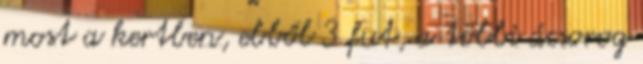
most a kertben, ebből 3 fut, a többi ácsorog